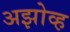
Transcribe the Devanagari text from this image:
अझोव्ह